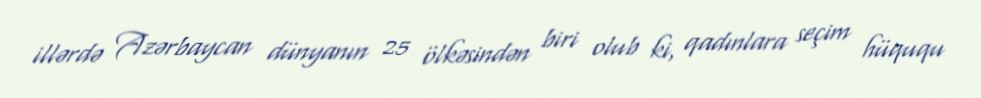
illərdə Azərbaycan dünyanın 25 ölkəsindən biri olub ki, qadınlara seçim hüququ